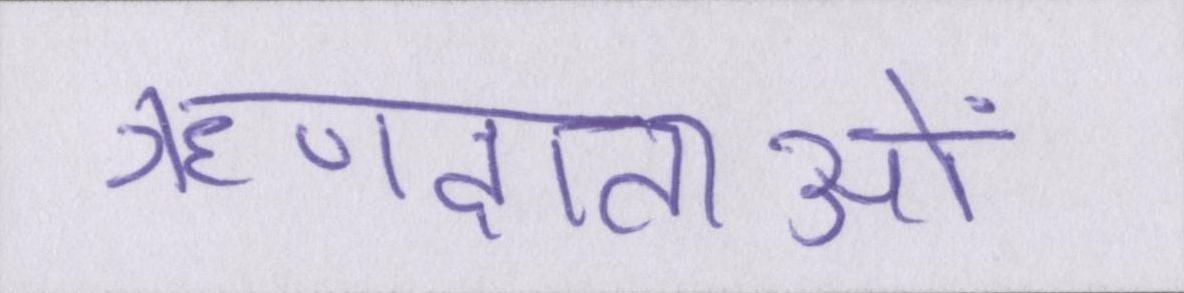
ऋणदाताओं